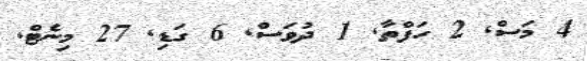
4 މަސް